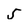
Character: 5